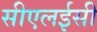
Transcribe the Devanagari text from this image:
सीएलईसी